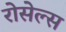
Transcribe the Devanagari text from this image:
रोसेल्स